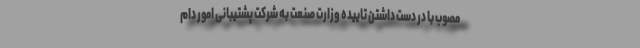
مصوب با در دست داشتن تاییده وزارت صنعت به شرکت پشتیبانی امور دام